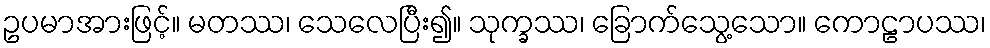
ဥပမာအားဖြင့်။ မတဿ၊ သေလေပြီး၍။ သုက္ခဿ၊ ခြောက်သွေ့သော။ ကောဠာပဿ၊